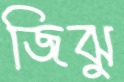
জিঝু